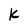
Character: k